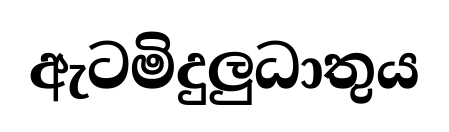
ඇටමිදුලුධාතුය